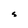
Character: s